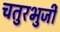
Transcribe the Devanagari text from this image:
चतुरभुर्जी